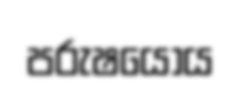
පරුෂයෝය